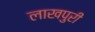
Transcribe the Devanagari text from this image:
लाखपुरी